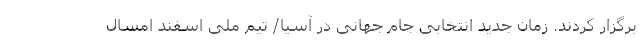
برگزار کردند. زمان جدید انتخابی جام جهانی در آسیا/ تیم ملی اسفند امسال